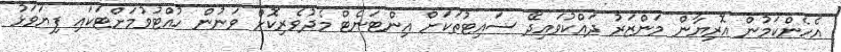
އެހެންކަމުން އޮރިޔާން މަންޒަރު ދައްކުވައިދޭ ސައިޓުތަކަށް އިންޓަނެޓް މެދުވެރިކޮށް ވަނުން ހުއްޓުވުމަށްޓަކައި ފިޔަވަޅު